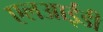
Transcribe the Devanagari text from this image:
एलआईडी